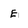
Character: E